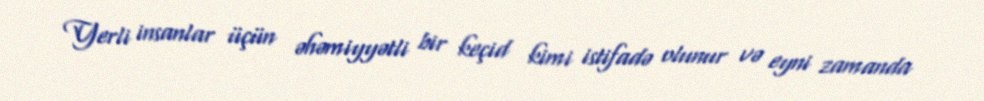
Yerli insanlar üçün əhəmiyyətli bir keçid kimi istifadə olunur və eyni zamanda